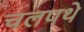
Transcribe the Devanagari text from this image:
चलपथे